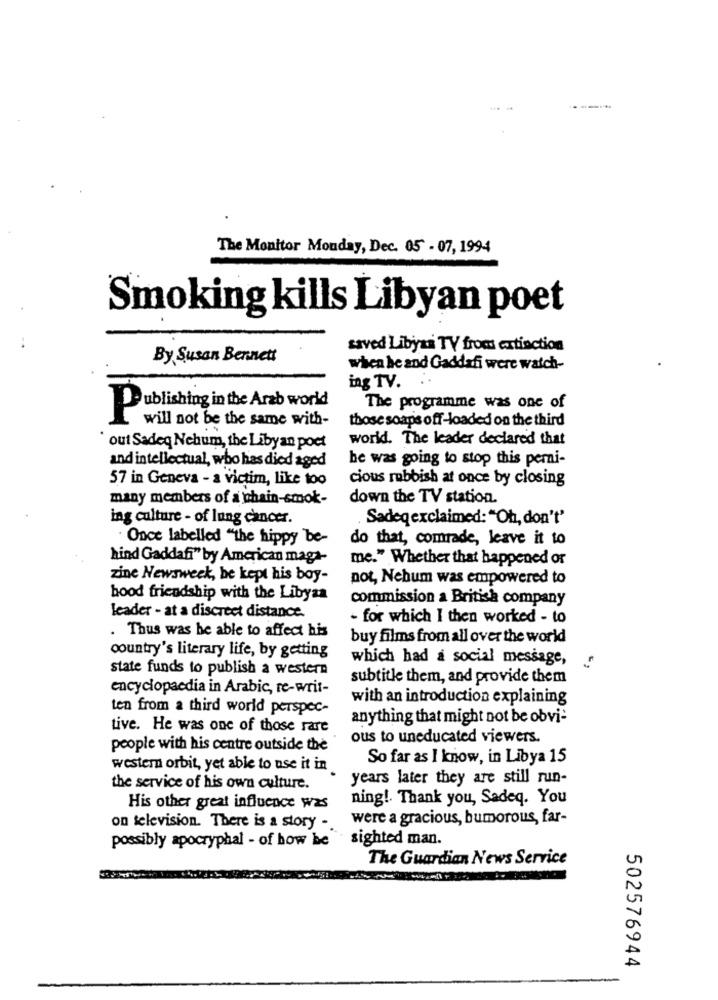
The Monitor Monday, Dec. 05 - 07, 1994
Smoking kills Libyan poet
saved Libyaa TV from extinction
By Susan Bennett
when he and Gaddafi were watch-
ing TV.
Publishing in the Arab world
The programme was one of
will not be the same with-
those soaps off-loaded on the third
.
world. The leader declared that
out Sadeq Nehum, the Libyan poet
he was going to stop this perni-
and intellectual, who has died aged
57 in Geneva - a victim, like too
cious rubbish at once by closing
many members of a chain-smok-
down the TV station.
ing culture - of lung cancer.
Sadeqexclaimed: "Oh, don't'
Once labelled "the hippy be-
do that, comrade, leave it to
hind Gaddafi" by American maga-
me." Whether that happened or
zine Newsweek, he kept his boy-
pot, Nehum was empowered to
bood friendship with the Libyaa
commission a British company
leader - at a discreet distance.
- for which I then worked - to
. Thus was be able to affect his
buy films from all over the world
country's literary life, by getting
which had a social message,
state funds to publish a western
subtitle them, and provide them
encyclopaedia in Arabic, re-writ-
with an introduction explaining
ten from a third world perspec-
anything that might not be obvi-
tive. He was one of those rare
ous to uneducated viewers.
people with his centre outside the
So far as I know, in Libya 15
western orbit, yet able to use it in
years later they are still run-
the service of his own culture.
ning !. Thank you, Sadeq. You
His other great influence was
were a gracious, bumorous, far-
on television. There is a story -.
sighted man.
possibly apocryphal - of how be
The Guardian News Service
502576944